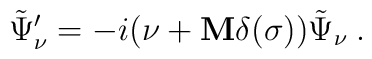
\tilde\Psi'_\nu =-i \bigl(\nu +  {\bf M}\delta(\sigma) \bigr) \tilde\Psi_\nu\>.